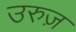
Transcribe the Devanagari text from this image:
उरुज़